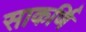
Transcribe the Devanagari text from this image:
साकर्णि